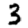
Digit: 3